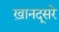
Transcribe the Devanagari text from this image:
ख़ानदूसरे